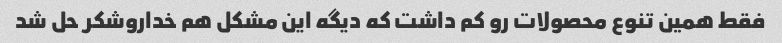
فقط همین تنوع محصولات رو کم داشت که دیگه این مشکل هم خداروشکر حل شد